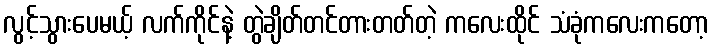
လွင့်သွားပေမယ့် လက်ကိုင်နဲ့ တွဲချိတ်တင်တားတတ်တဲ့ ကလေးထိုင် သံခုံကလေးကတော့